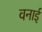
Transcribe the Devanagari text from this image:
वनाई